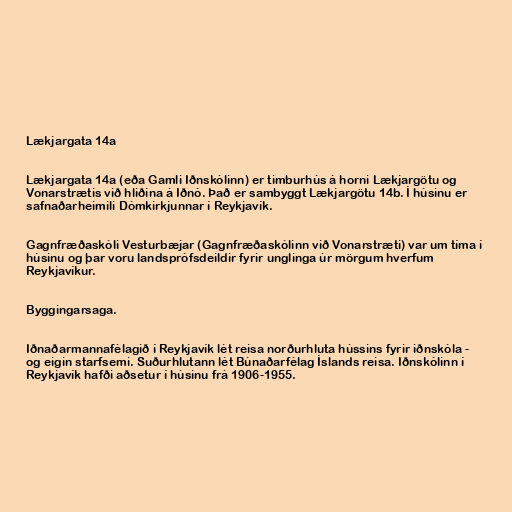
Lækjargata 14a

Lækjargata 14a (eða Gamli Iðnskólinn) er timburhús á horni Lækjargötu og
Vonarstrætis við hliðina á Iðnó. Það er sambyggt Lækjargötu 14b. Í húsinu er
safnaðarheimili Dómkirkjunnar í Reykjavík.

Gagnfræðaskóli Vesturbæjar (Gagnfræðaskólinn við Vonarstræti) var um tíma í
húsinu og þar voru landsprófsdeildir fyrir unglinga úr mörgum hverfum
Reykjavíkur.

Byggingarsaga.

Iðnaðarmannafélagið í Reykjavík lét reisa norðurhluta hússins fyrir iðnskóla -
og eigin starfsemi. Suðurhlutann lét Búnaðarfélag Íslands reisa. Iðnskólinn í
Reykjavík hafði aðsetur í húsinu frá 1906-1955.